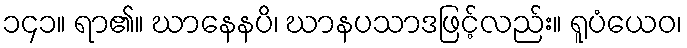
၁၄၁။ ရာ၏။ ဃာနေနပိ၊ ဃာနပသာဒဖြင့်လည်း။ ရူပံယေဝ၊